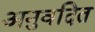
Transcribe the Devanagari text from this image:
अनुवदित